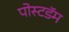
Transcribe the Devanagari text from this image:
पोस्टडॅम